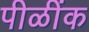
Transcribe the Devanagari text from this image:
पीळींक